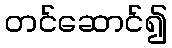
တင်ဆောင်၍